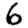
Digit: 6